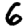
Digit: 6